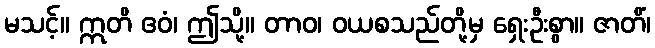
မသင့်။ ဣတိ ဧဝံ၊ ဤသို့။ တာဝ၊ ဝယစသည်တို့မှ ရှေးဦးစွာ။ ဇာတိံ၊